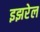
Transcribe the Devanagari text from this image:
इझरेल